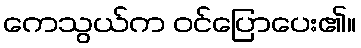
ကေသွယ်က ဝင်ပြောပေး၏။